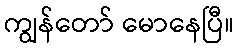
ကျွန်တော် မောနေပြီ။